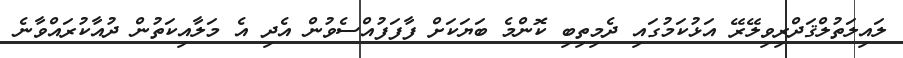
ލައިލަތުލްޤަދްރިވިލޭރޭ އަޅުކަމުގައި ދެމިތިބި ކޮންމެ ބަޔަކަށް ފާފަފުއްސެވުން އެދި އެ މަލާއިކަތުން ދުއާކުރައްވާނެ